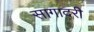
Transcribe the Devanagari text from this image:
सागादरी